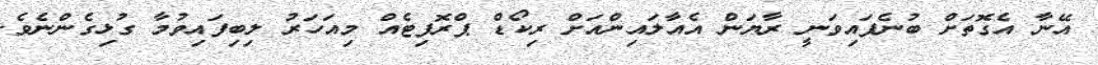
އޭނާ އެގޮތަށް ބުނެފައިވަނީ ރާޔަން އެއާލައިންއަށް ރިކޯޑް ޕްރޮފިޓެއް މިއަހަރު ލިބިފައިވުމާ ގުޅިގެންނެވެ.